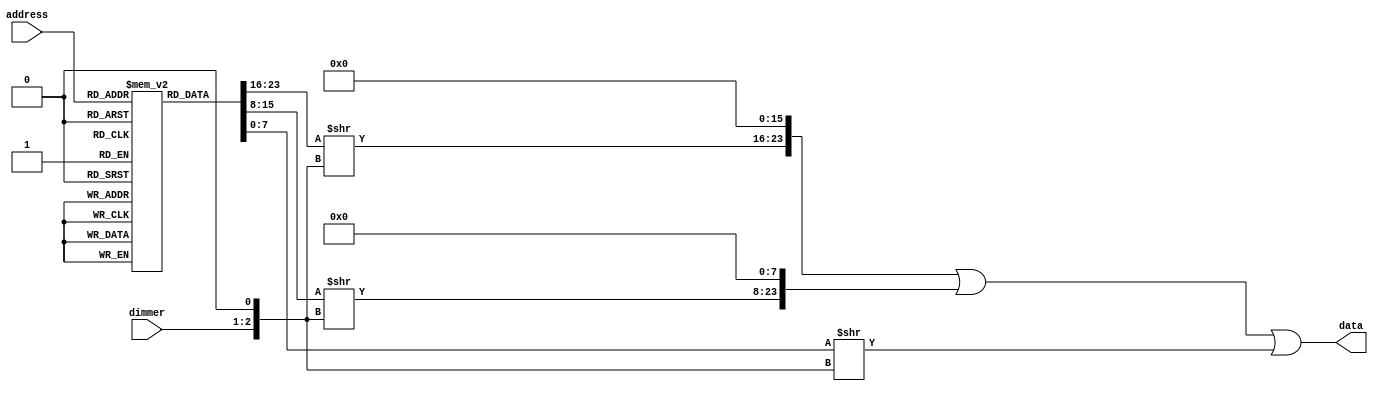
module color_rom #(
    parameter DATA_WIDTH = 24,     // Width of ROM data
    parameter ADDR_WIDTH = 4       // Address width
)(
    input wire [ADDR_WIDTH-1:0] address,
    input wire [1:0] dimmer,
    output wire [DATA_WIDTH-1:0] data
);

reg [DATA_WIDTH-1:0] mem [0:2**ADDR_WIDTH-1];

wire [2:0] dimshift;
assign dimshift[0] = 0;
assign dimshift[2:1] = dimmer;

assign data =   (mem[address][23:16] >> dimshift) << 16 |
                (mem[address][15:8]  >> dimshift) << 8  |
                (mem[address][7:0]   >> dimshift);

initial begin
    mem[0] = 24'b000000001100110000000000;
    mem[1] = 24'b010011001100110000000000;
    mem[2] = 24'b100110011100110000000000;
    mem[3] = 24'b110011001011001000000000;
    mem[4] = 24'b110011000110011000000000;
    mem[5] = 24'b110011000001100100000000;
    mem[6] = 24'b110011000000000000110011;
    mem[7] = 24'b110011000000000001111111;
    mem[8] = 24'b110011000000000011001100;
    mem[9] = 24'b011111110000000011001100;
    mem[10] = 24'b001100110000000011001100;
    mem[11] = 24'b000000000001100111001100;
    mem[12] = 24'b000000000110011011001100;
    mem[13] = 24'b000000001011001011001100;
    mem[14] = 24'b000000001100110010011001;
    mem[15] = 24'b000000001100110001001100;
end

endmodule